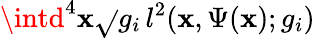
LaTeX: \intd^{4}\mathbf{x}\sqrt{}{{g_{i}}}\, l^{2}(\mathbf{x},\Psi(\mathbf{x});g_{i})